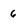
Character: 6